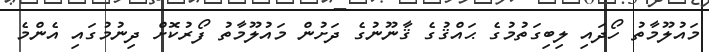
މައުލޫމާތު ހޯދައި ލިބިގަތުމުގެ ޙައްޤުގެ ޤާނޫނުގެ ދަށުން މައުލޫމާތު ފޯރުކޮށް ދިނުމުގައި އެންމެ